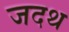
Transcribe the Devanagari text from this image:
जदथ